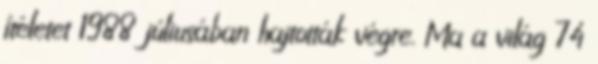
ítéletet 1988 júliusában hajtották végre. Ma a világ 74